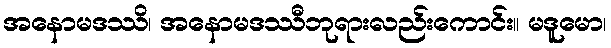
အနောမဒဿိ၊ အနောမဒဿီဘုရားလည်းကောင်း။ မဒူမော၊